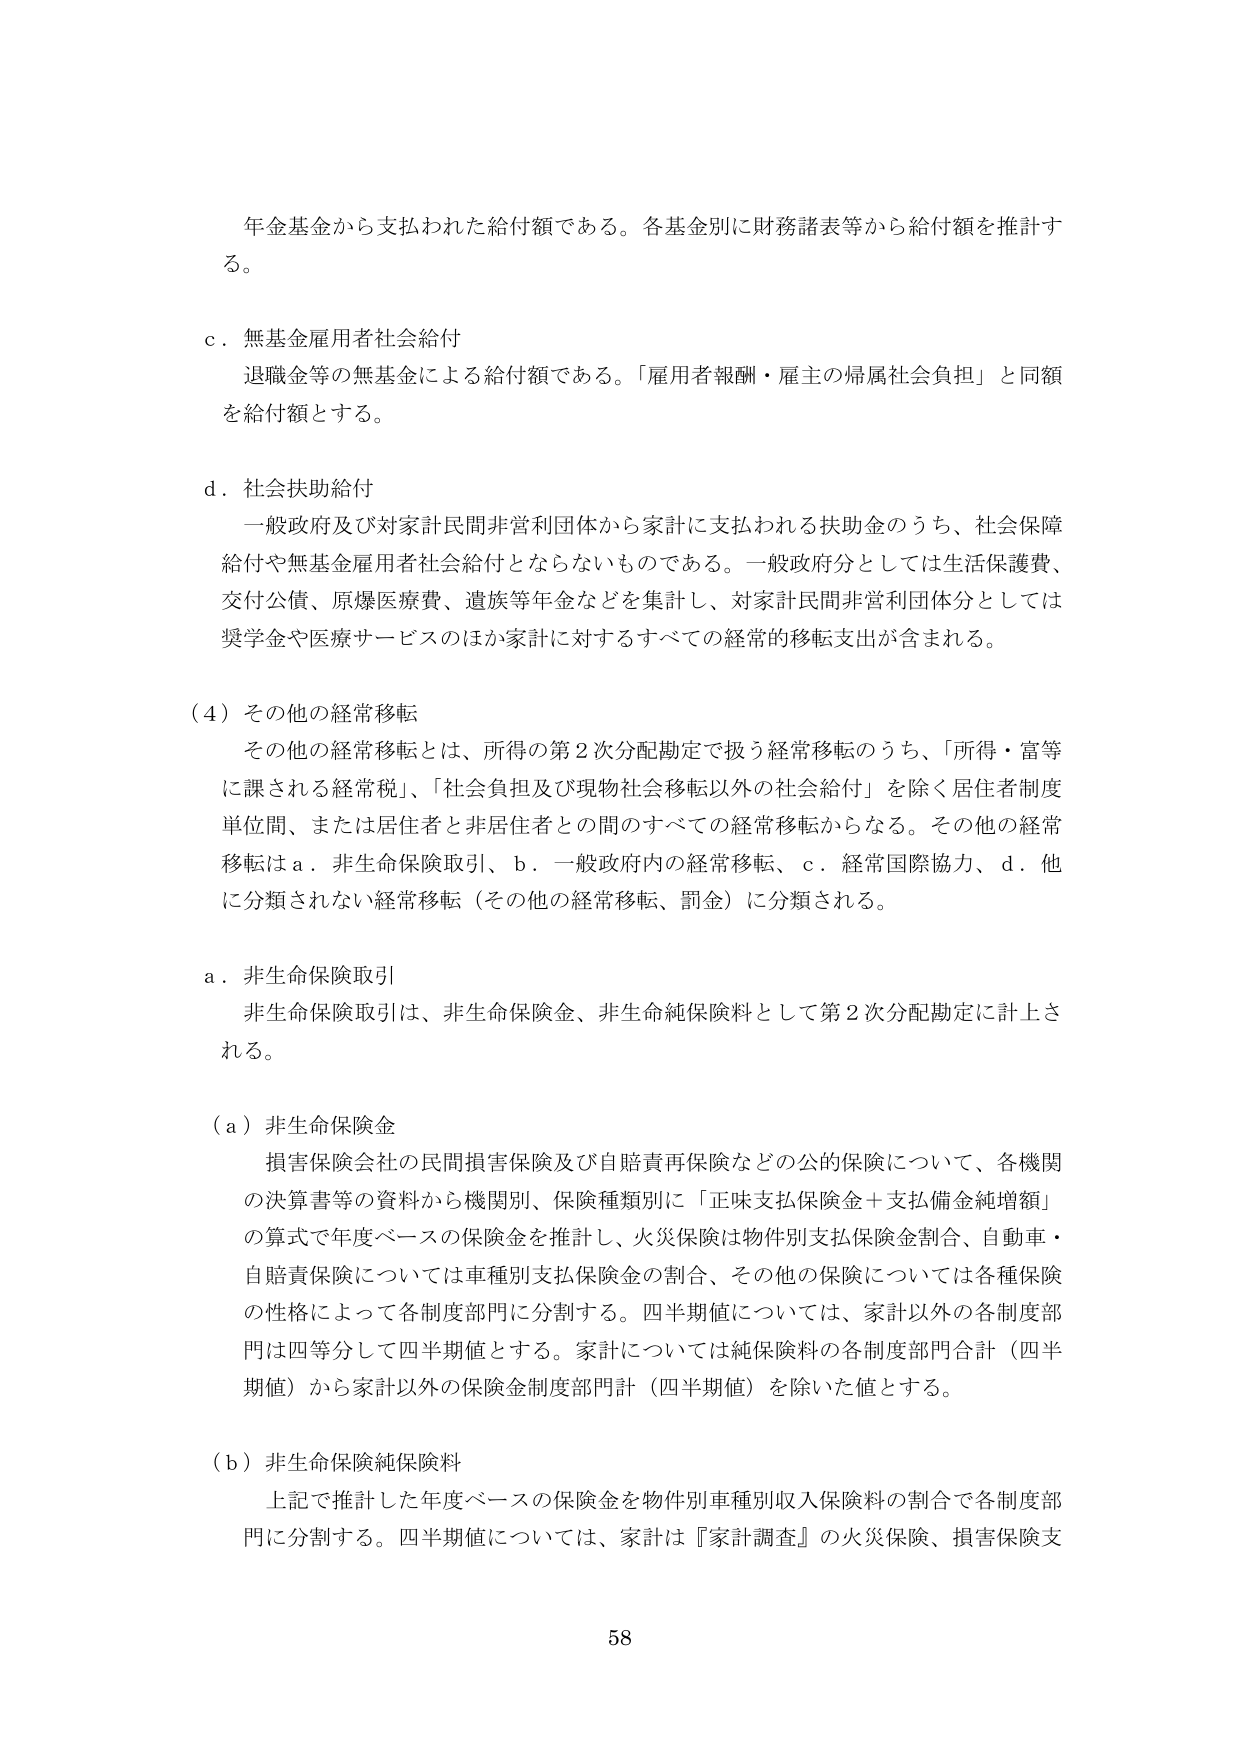
年金基金から支払われた給付額である。各基金別に財務諸表等から給付額を推計する。

ｃ．無基金雇用者社会給付
退職金等の無基金による給付額である。「雇用者報酬・雇主の帰属社会負担」と同額を給付額とする。

ｄ．社会扶助給付
一般政府及び対家計民間非営利団体から家計に支払われる扶助金のうち、社会保障給付や無基金雇用者社会給付とならないものである。一般政府分としては生活保護費、交付公債、原爆医療費、遺族等年金などを集計し、対家計民間非営利団体分としては奨学金や医療サービスのほか家計に対するすべての経常的移転支出が含まれる。

（４）その他の経常移転
その他の経常移転とは、所得の第２次分配勘定で扱う経常移転のうち、「所得・富等に課される経常税」、「社会負担及び現物社会移転以外の社会給付」を除く居住者制度単位間、または居住者と非居住者との間のすべての経常移転からなる。その他の経常移転はａ．非生命保険取引、ｂ．一般政府内の経常移転、ｃ．経常国際協力、ｄ．他に分類されない経常移転（その他の経常移転、罰金）に分類される。

ａ．非生命保険取引
非生命保険取引は、非生命保険金、非生命純保険料として第２次分配勘定に計上される。

（ａ）非生命保険金
損害保険会社の民間損害保険及び自賠責再保険などの公的保険について、各機関の決算書等の資料から機関別、保険種類別に「正味支払保険金＋支払備金純増額」の算式で年度ベースの保険金を推計し、火災保険は物件別支払保険金割合、自動車・自賠責保険については車種別支払保険金の割合、その他の保険については各種保険の性格によって各制度部門に分割する。四半期値については、家計以外の各制度部門は四等分して四半期値とする。家計については純保険料の各制度部門合計（四半期値）から家計以外の保険金制度部門計（四半期値）を除いた値とする。

（ｂ）非生命保険純保険料
上記で推計した年度ベースの保険金を物件別車種別収入保険料の割合で各制度部門に分割する。四半期値については、家計は『家計調査』の火災保険、損害保険支

58